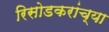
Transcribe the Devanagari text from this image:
रिसोडकरांच्या